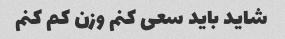
شاید باید سعی کنم وزن کم کنم